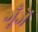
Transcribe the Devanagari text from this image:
गूँजें